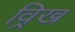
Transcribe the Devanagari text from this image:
व्रिख